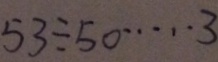
5 3 \div 5 0 \cdots 3